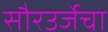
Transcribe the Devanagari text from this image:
सौरउर्जेचा